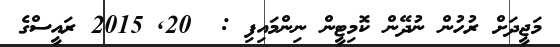
މަޖީދަށް ރުހުން ނުދޭން ކޮމިޓީން ނިންމައިފި :  20